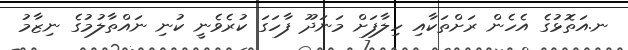
ނ.އަތޮޅުގެ އެހެން ރަށްތަކާއި ހިލާފަށް މަނަދޫ ފާހަގަ ކުރެވެނީ ކުނި ނައްތާލުމުގެ ނިޒާމު